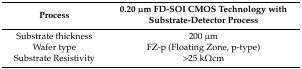
<table><thead><tr><td><b>Process</b></td><td><b>0.20 μm FD-SOI CMOS Technology with Substrate-Detector Process</b></td></tr></thead><tbody><tr><td>Substrate thickness</td><td>200 μm</td></tr><tr><td>Wafer type</td><td>FZ-p (Floating Zone, p-type)</td></tr><tr><td>Substrate Resistivity</td><td>&gt;25 kΩcm</td></tr></tbody></table>